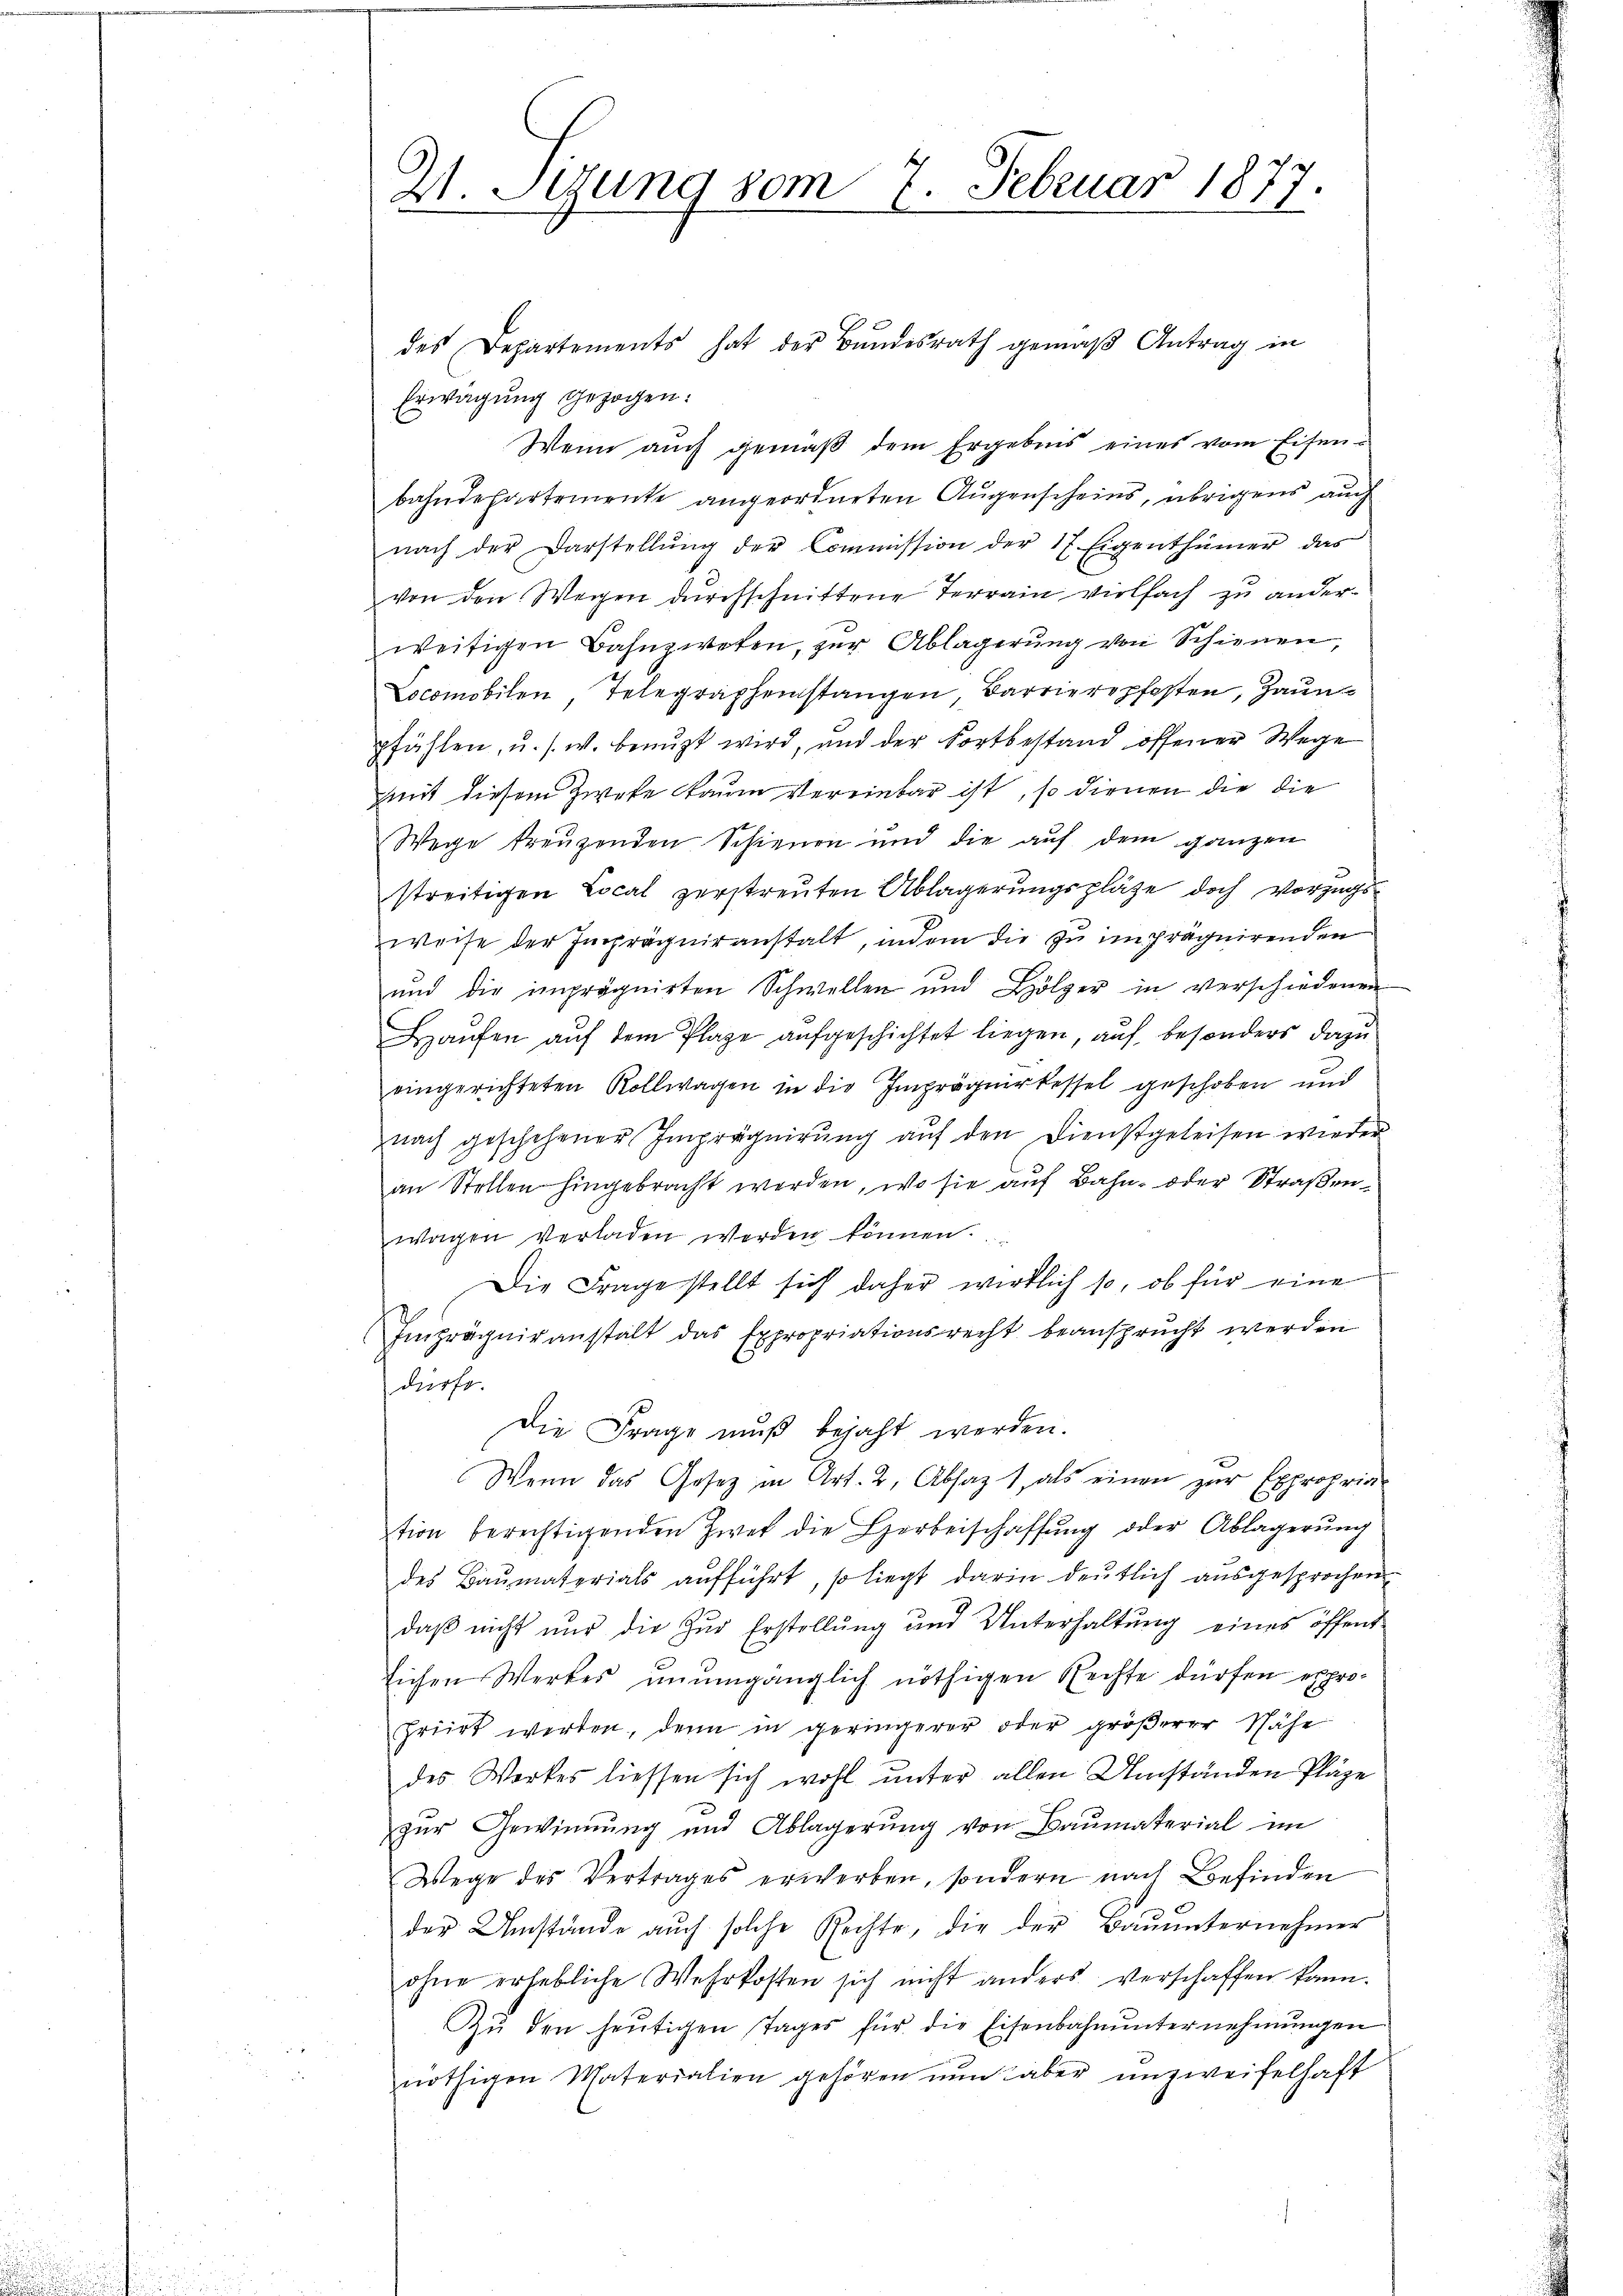
2. Sitzung vom 7. Februar 1877

Erwägung gezogen:
Wenn auch gemäß dem Ergebnis eines vom Eisenbahndepartemente angeordneten Augenscheins, übrigens auch
nach der Darstellŭng der Commission der 17 Eigenthümer das
von den Wegen durchschnittene Terrain vielfach zu anderweitigen Bahnzwesen, zŭr Ablagerŭng von Schienen,
Locomobilen, Telegraphenstangen Barrierepfosten, Haunpfählen, u. s. w. benuzt wird, und der Fortbestand offener Wege
mit diesem Zwete kaum vereinbar ist, so dienen die die
Wege treuzenden Schienen und die auf dem ganzen
streitigen Local zerstreuten Ablagerŭngsplätze doch vorzugs-
weise der Imprägniranstalt, indem die zu imprägnirenden
und die imprägnirten Schwellen und Hölzer in verschiedenen
Haufen auf dem Plage aufgeschichtet liegen, auf besonders dazu
eingerichteten Rollwagen in die Imprägnirkessel geschoben und
nach geschehener Imprägnirŭng aŭf den Dienstgeleisen wieder
an Stellen hingebracht werden, wo sie auf Bahn- oder Straßenwagen verladen werden können.
Die Frage stellt sich daher wirklich so, ob für eine
Emprägniranstalt das Expropriationsrecht beansprucht werden
dürfe.
Die Frage muß bejaht werden.
Wenn das Gesetz in Art. 2, Absaz 1, als einen zur Expropria
tion berechtigenden Zwei die Herbeischaffŭng oder Ablagerŭng
des Baumaterials aufführt, so liegt darin deutlich ausgesprochen
daß nicht nur die Zur Erstellung und Unterhaltung eines öffentlichen Werkes unumgänglich nöthigen Rechte dürfen expropriirt werden, denn in geringerer oder größerer Nähe
des Werkes liessen sich wohl unter allen Umständen Pläze
e
zur Gewinnung und Ablagerŭng von Baumaterial im
Wege des Vertrages erwerben, sondern nach Befinden
der Umstände auch solche Rechte, die der Bauunternehmer
ohne erhebliche Wehrkosten sich nicht anders verschaffen kann.
Zŭ den heŭtigen Tages für die Eisenbahnunternehmungen
nöthigen Materialien gehören nun aber unzweifelhaft

des Departements hat der Bundesrath gemäβ Antrag in